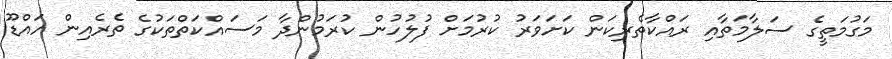
މަގުމަތީގެ ސަލާމަތާއި ރައްކާތެރިކަން ކަށަވަރު ކުރުމަށް ފުލުހުން ކުރަމުންދާ މަސައްކަތްތަކުގެ ތެރެއިން އައްޑޫ